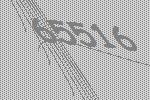
65516